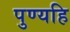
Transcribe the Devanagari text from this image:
पुण्यहि